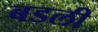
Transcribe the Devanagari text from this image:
बडली